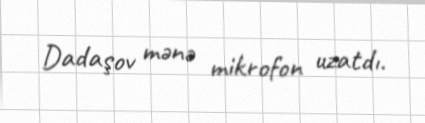
Dadaşov mənə mikrofon uzatdı.